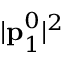
| { \bf p } _ { 1 } ^ { 0 } | ^ { 2 }